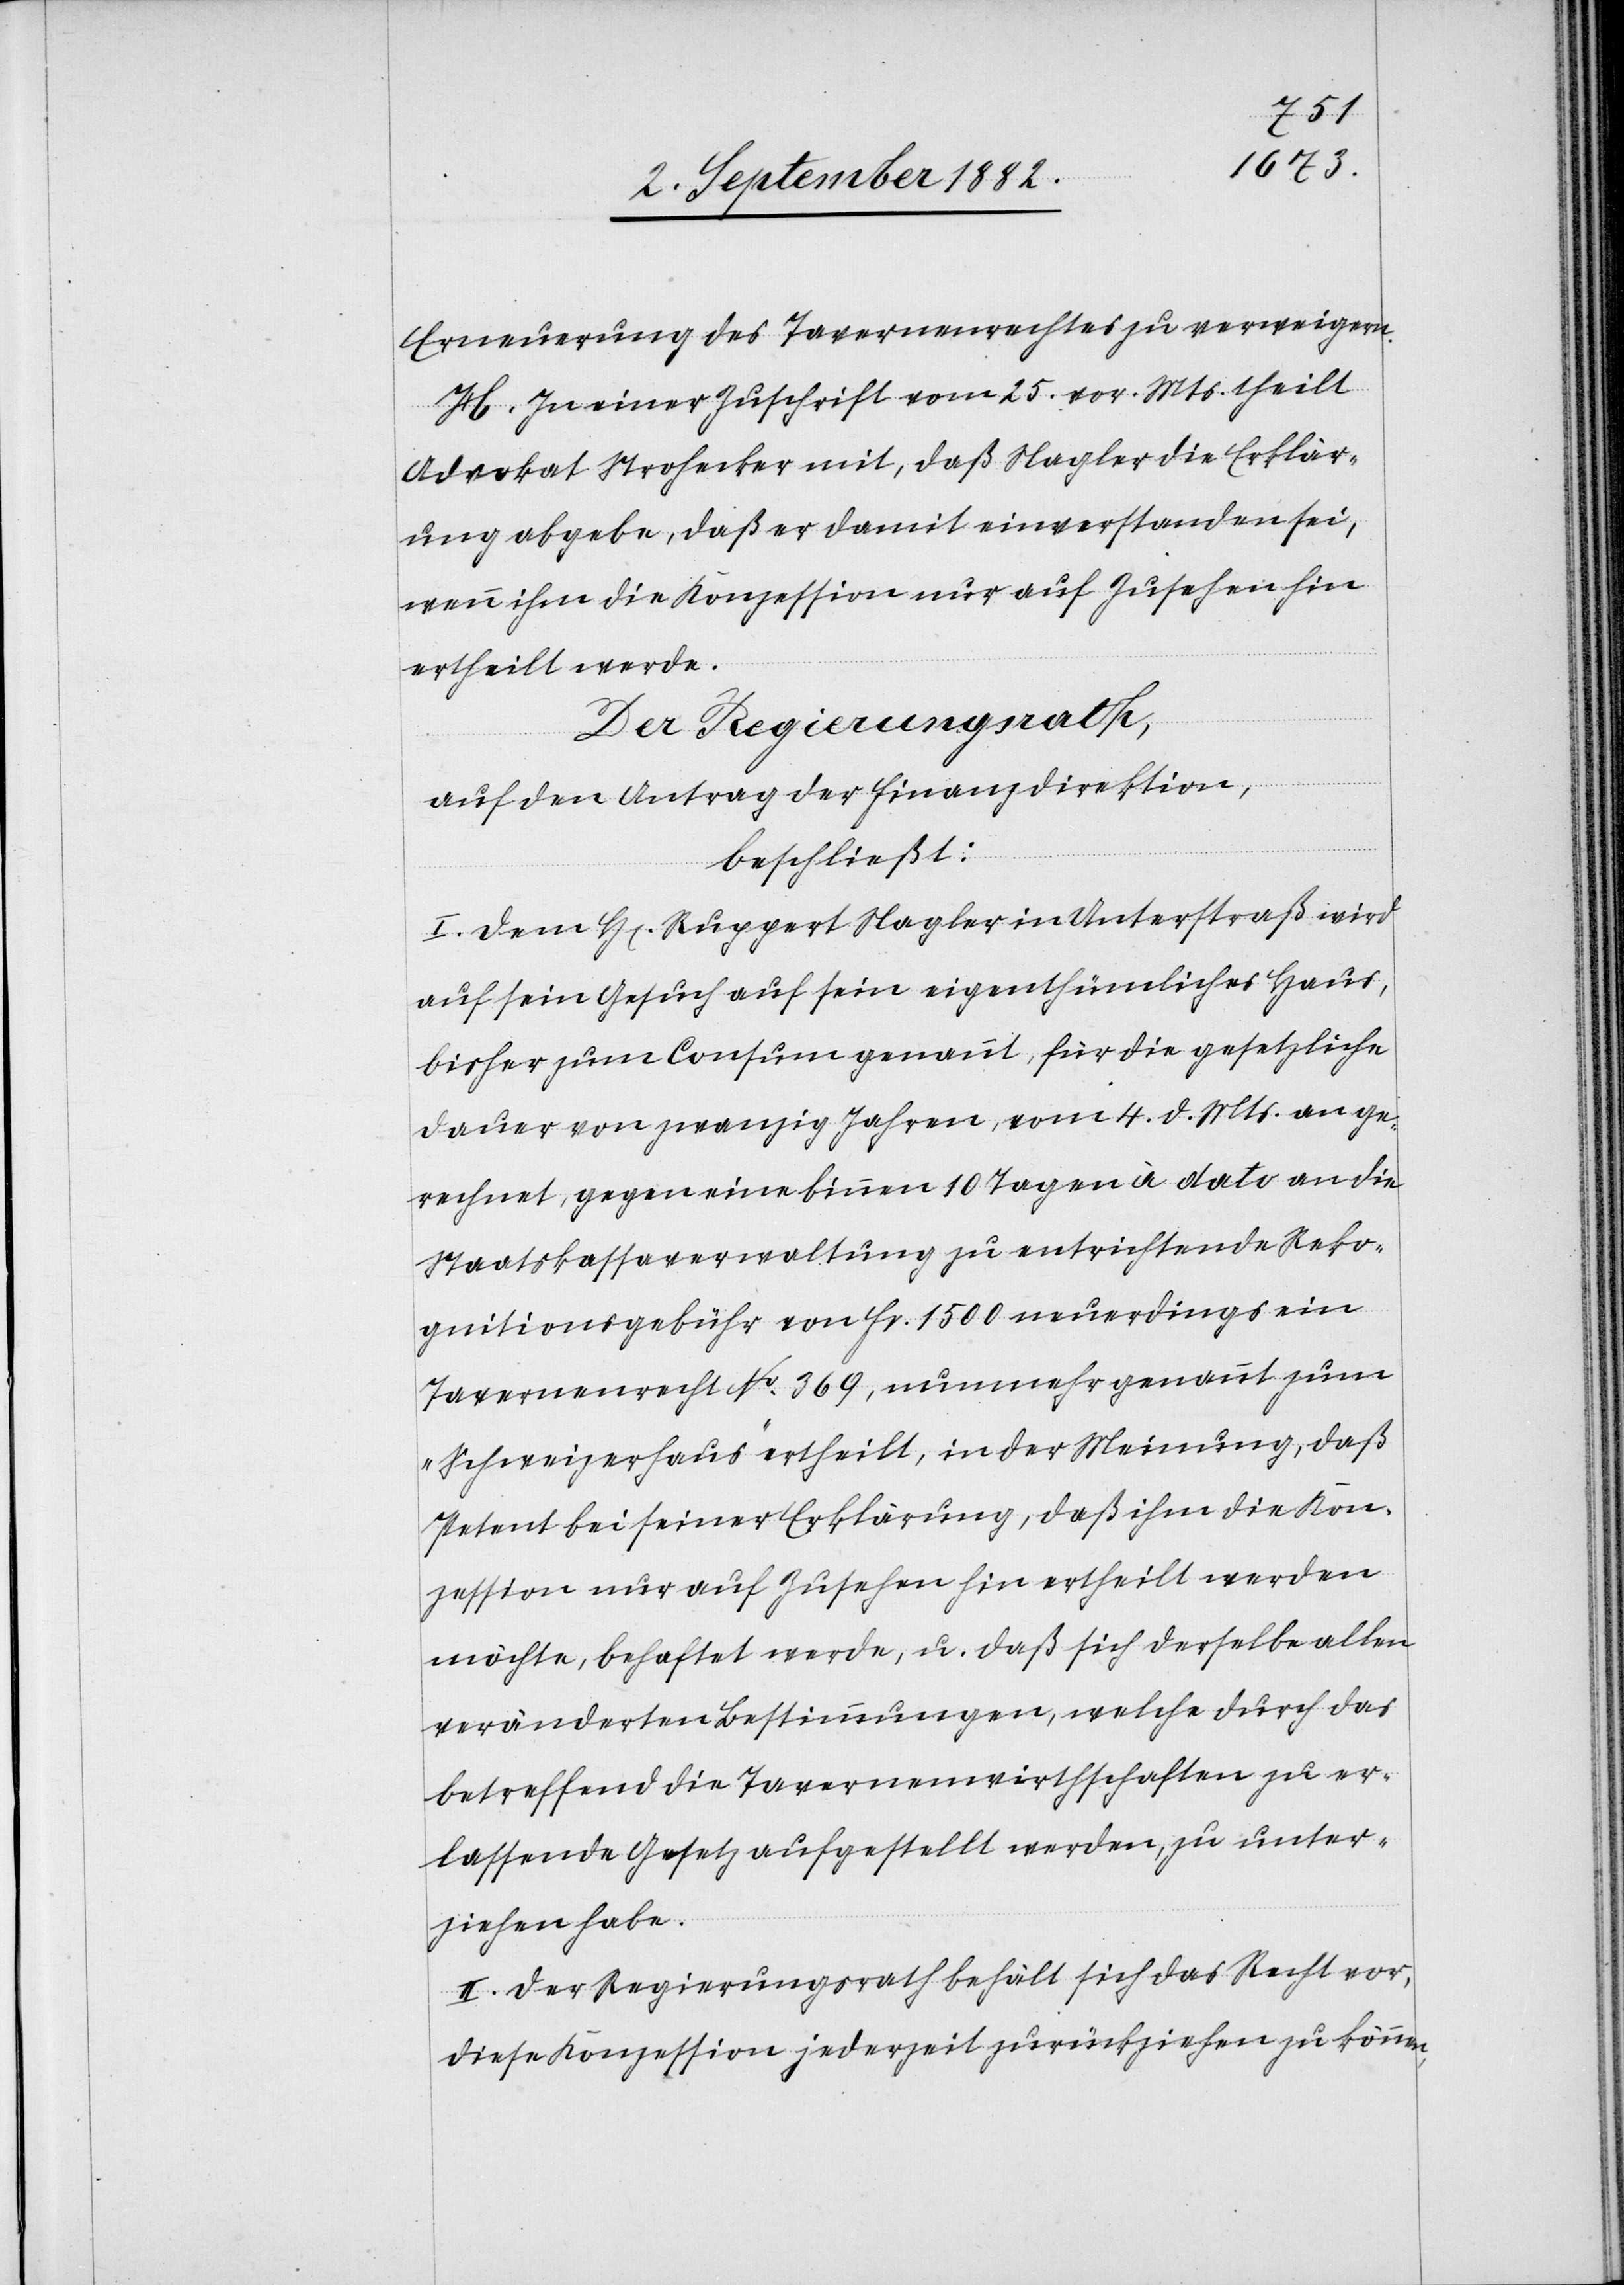
Erneuerung des Tavernenrechtes zu verweigern.
H. In einer Zuschrift vom 25. vor. Mts. theilt
Advokat Strohecker mit, daß Nagler die Erklär¬
ung abgebe, daß er damit einverstanden sei,
wenn ihm die Konzession nur auf Zusehen hin
ertheilt werde.
Der Regierungsrath,
auf den Antrag der Finanzdirektion,
beschließt:
I. Dem H[en] Ruppert Nagler in Unterstraß wird
auf sein Gesuch auf sein eigenthümliches Haus,
bisher zum Consum genannt, für die gesetzliche
Dauer von zwanzig Jahren, vom 4. d. Mts an ge¬
rechnet, gegen eine binnen 10 Tagen a dato an die
Staatskassaverwaltung zu entrichtende Reko¬
gnitionsgebühr von Fr. 1500 neuerdings ein
Tavernenrecht No 369, nunmehr genannt zum
„Schweizerhaus“ ertheilt, in der Meinung, daß
Petent bei seiner Erklärung, daß ihm die Kon¬
zession nur auf Zusehen hin ertheilt werden
möchte, behaftet werde, u. daß sich derselbe allen
veränderten Bestimmungen, welche durch das
betreffend die Tavernenwirthschaften zu er¬
lassende Gesetz aufgestellt werden, zu unter¬
ziehen habe.
II. Der Regierungsrath behält sich das Recht vor,
diese Konzession jederzeit zurückziehen zu können,